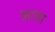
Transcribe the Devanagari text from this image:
आऩा